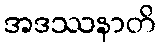
အဒဿနာတိ